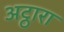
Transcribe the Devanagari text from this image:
अट्ठारा